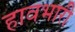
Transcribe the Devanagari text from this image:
हावभारी